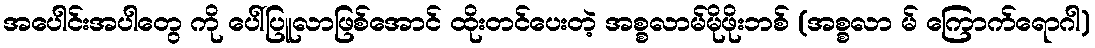
အပေါင်းအပါတွေ ကို ပေါ်ပြူလာဖြစ်အောင် ထိုးတင်ပေးတဲ့ အစ္စလာမ်မိုဖိုးဘစ် (အစ္စလာ မ် ကြောက်ရောဂါ)